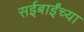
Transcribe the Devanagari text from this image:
सईबाईंच्या